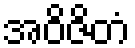
အဝိဇိတံ